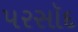
પરસૉદ